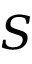
S